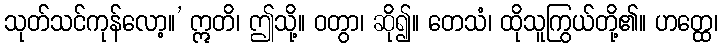
သုတ်သင်ကုန်လော့။’ ဣတိ၊ ဤသို့။ ဝတွာ၊ ဆို၍။ တေသံ၊ ထိုသူကြွယ်တို့၏။ ဟတ္ထေ၊